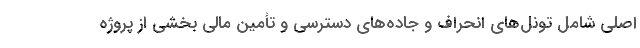
اصلی شامل تونل‌های انحراف و جاده‌های دسترسی و تأمین مالی بخشی از پروژه